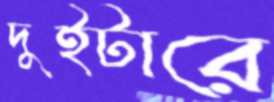
দুইটারে